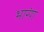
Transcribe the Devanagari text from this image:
भारंग